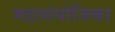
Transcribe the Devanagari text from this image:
महासंयोजिका